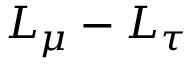
L _ { \mu } - L _ { \tau }